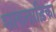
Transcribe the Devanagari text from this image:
शाकनाड़िका